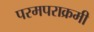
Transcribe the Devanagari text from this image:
परमपराक्रमी